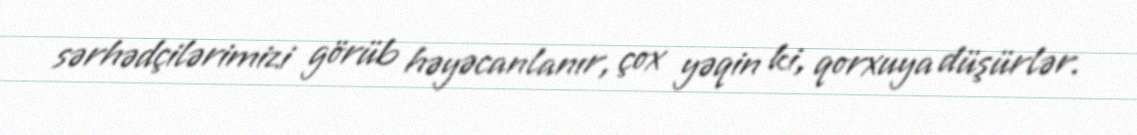
sərhədçilərimizi görüb həyəcanlanır, çox yəqin ki, qorxuya düşürlər.